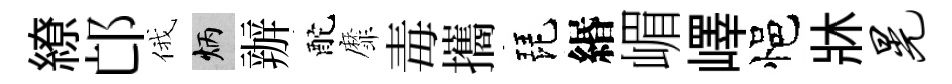
繚邙俄炳辦酡靡毒攜琵緡嵋嶧悒牀晃